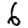
Digit: 6